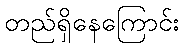
တည်ရှိနေကြောင်း